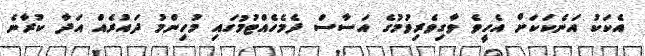
އެކަކު އަނެކަކަށް އެހީވެ ވާގިވެރިވުމުގެ އަސާސް ދެމެހެއްޓުމުގައި މުހިންމު ދައުރެއް އަދާ ކުރާނެ